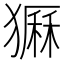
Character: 𤡫